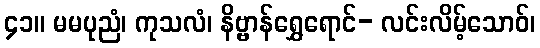
၄၁။ မမပုညံ၊ ကုသလံ၊ နိဗ္ဗာန်ရွှေရောင်- လင်းလိမ့်သောဝ်၊